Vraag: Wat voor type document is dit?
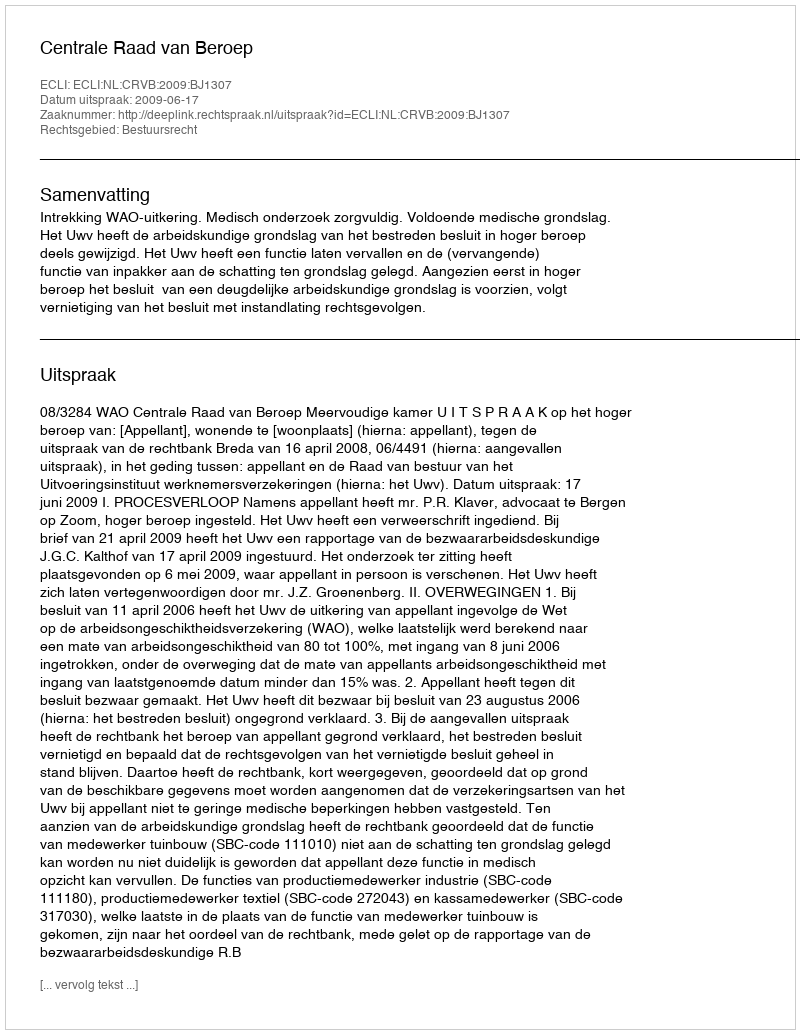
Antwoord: Uitspraak